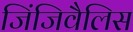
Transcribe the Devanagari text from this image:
जिंजिवैलिस